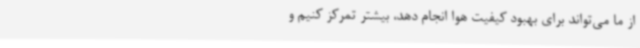
از ما می‌تواند برای بهبود کیفیت هوا انجام دهد، بیشتر تمرکز کنیم و